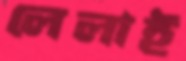
লেলাই